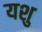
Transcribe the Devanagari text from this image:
यशु